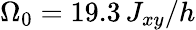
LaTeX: \Omega_{0}=19.3\, J_{xy}/h